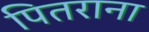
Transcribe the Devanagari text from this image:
पितराना